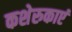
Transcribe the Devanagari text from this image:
कशेरुकाएं